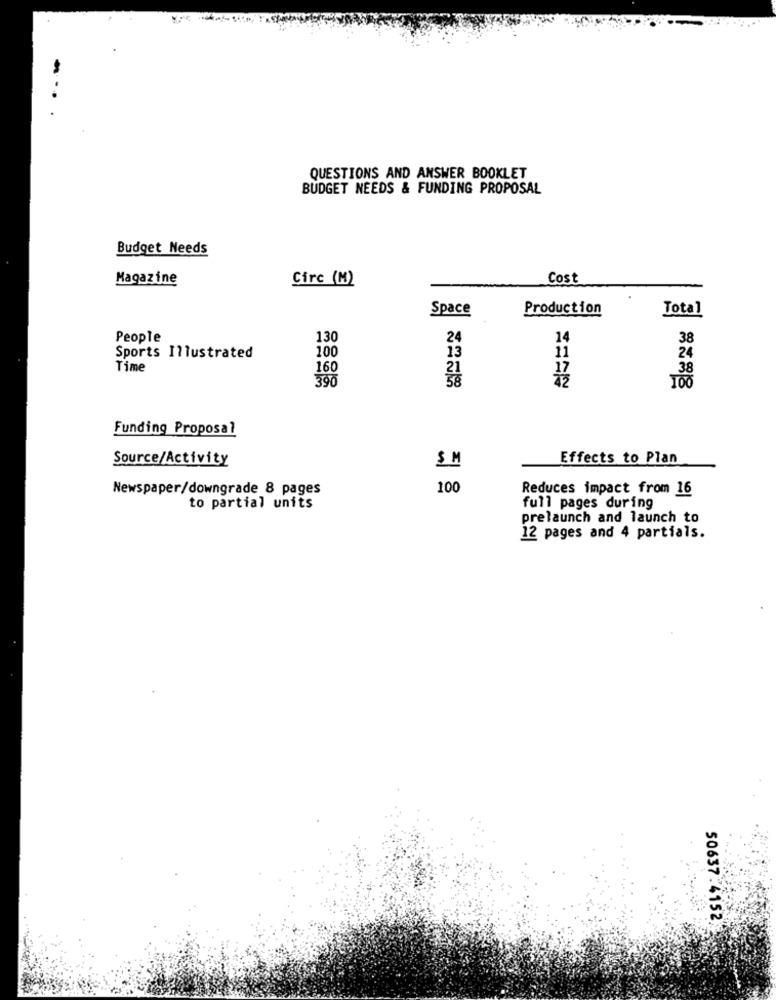
QUESTIONS AND ANSWER BOOKLET
BUDGET NEEDS & FUNDING PROPOSAL
Budget Needs
Magazine
Circ (M)
Cost
Space
Production
Total
People
130
24
14
38
13
24
Sports Illustrated
100
ii
Time
160
38
390
Funding Proposal
Source/Activity
$ M
Effects to Plan
Newspaper/downgrade 8 pages
100
Reduces impact from 16
to partial units
full pages during
prelaunch and launch to
12 pages and 4 partials.
50637.4152